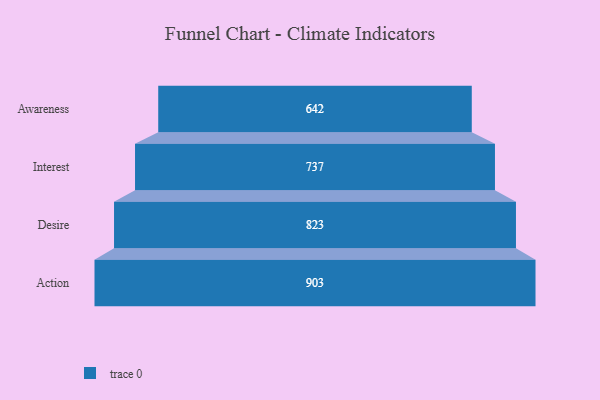
{"axis": {"x": "Stage", "y": "Value"}, "legend": [""], "data": [{"x": "Awareness", "y": 642.0, "type": ""}, {"x": "Interest", "y": 737.0, "type": ""}, {"x": "Desire", "y": 823.0, "type": ""}, {"x": "Action", "y": 903.0, "type": ""}]}